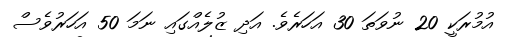
އުމުރަކީ 20 ނުވަތަ 30 އަހަރެވެ. އަދި ޒުލެއްގައި ނަމަ 50 އަހަރުވެސް